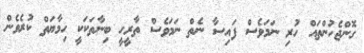
ގޮންޖެހުންތައް ހުރި ނަމަވެސް ފައިސާ ނެތް ނަމަވެސް ތާރީހީ ބިނާތަކަކީ ހިމާޔަތް ކުރެވެން